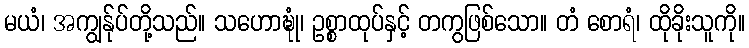
မယံ၊ အကျွန်ုပ်တို့သည်။ သဟောဍ္ဎုံ၊ ဥစ္စာထုပ်နှင့် တကွဖြစ်သော။ တံ စောရံ၊ ထိုခိုးသူကို။